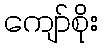
ကျော်စိုး